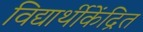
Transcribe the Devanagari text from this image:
विद्यार्थीकेंद्रित